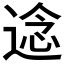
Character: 𮞤